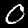
Digit: 0